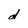
Character: d